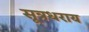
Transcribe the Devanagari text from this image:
सूत्रधराय